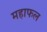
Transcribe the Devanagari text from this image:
महाफल